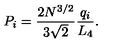
P _ { i } = \frac { 2 N ^ { 3 / 2 } } { 3 \sqrt { 2 } } \frac { q _ { i } } { L _ { 4 } } .